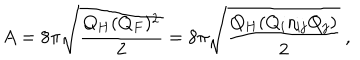
A = 8 \pi \sqrt { \frac { Q _ { H } ( Q _ { F } ) ^ { 2 } } { 2 } } = 8 \pi \sqrt { \frac { Q _ { H } ( Q _ { i } \eta _ { i j } Q _ { j } ) } { 2 } } \ ,